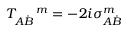
T _ { A \dot { B } } ^ { \ \ \ \ m } = - 2 i \sigma _ { A \dot { B } } ^ { m }